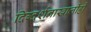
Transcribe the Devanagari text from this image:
दिग्दर्शनाखालीही